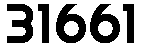
31661